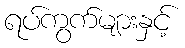
ရပ်ကွက်များနှင့်